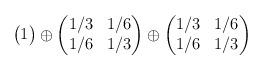
LaTeX: \begin{align*}\begin{pmatrix}1\end{pmatrix}\oplus\begin{pmatrix}1/3 & 1/6 \\1/6 & 1/3\end{pmatrix}\oplus\begin{pmatrix}1/3 & 1/6 \\1/6 & 1/3\end{pmatrix}\end{align*}